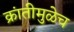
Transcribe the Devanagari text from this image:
क्रांतीमुळेच